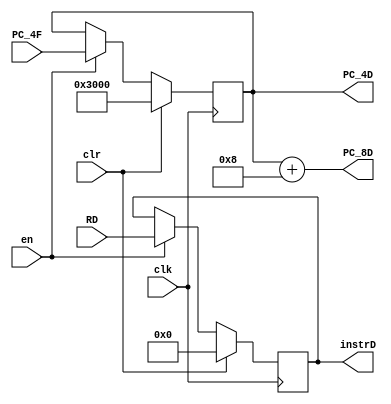
module IF_ID(input clk,en,clr,
             input  [31:0] RD,PC_4F,
				 output [31:0] PC_4D,PC_8D,instrD
				 );
	
	reg [31:0] PC_4D,instrD;
	initial begin
		PC_4D=32'h0000_3000;
		instrD=32'b000000_00000_00000_00000_00000_100001;
	end
	always@(posedge clk)
	begin
		if(clr)
			begin
				PC_4D<=32'h0000_3000;
				instrD<=32'h0000_0000;
			end
		else if(en)
			begin
				PC_4D<=PC_4F;
				instrD<=RD;
			end
	end
	assign PC_8D=PC_4D+8;
endmodule